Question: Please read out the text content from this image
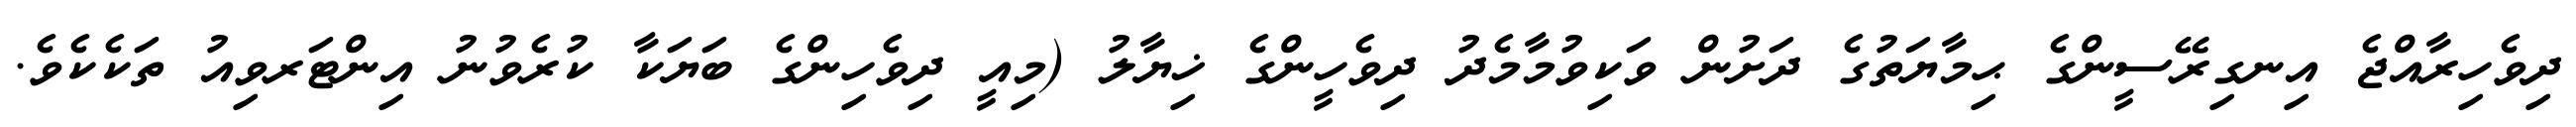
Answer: ދިވެހިރާއްޖެ އިނގިރޭސީންގެ ޙިމާޔަތުގެ ދަށުން ވަކިވުމާމެދު ދިވެހީންގެ ޚިޔާލު (މިއީ ދިވެހިންގެ ބަޔަކާ ކުރެވުނު އިންޓަރވިއު ތަކެކެވެ.